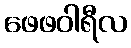
ဖေဖဝါရီလ